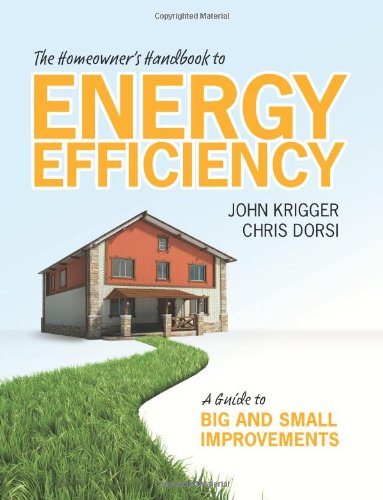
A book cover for The Homeowner's Handbook to Energy Efficiency: A Guide to Big and Small Improvements; John Krigger; Crafts, Hobbies & Home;